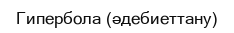
Гипербола (әдебиеттану)